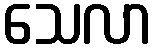
သေလာ